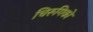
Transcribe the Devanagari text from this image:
चिरुगिको